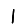
Digit: 1